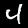
Digit: 4